Civil Veterinary Department. Madras. Admin. report 1910-25 - 1910-1925
Year: 1910
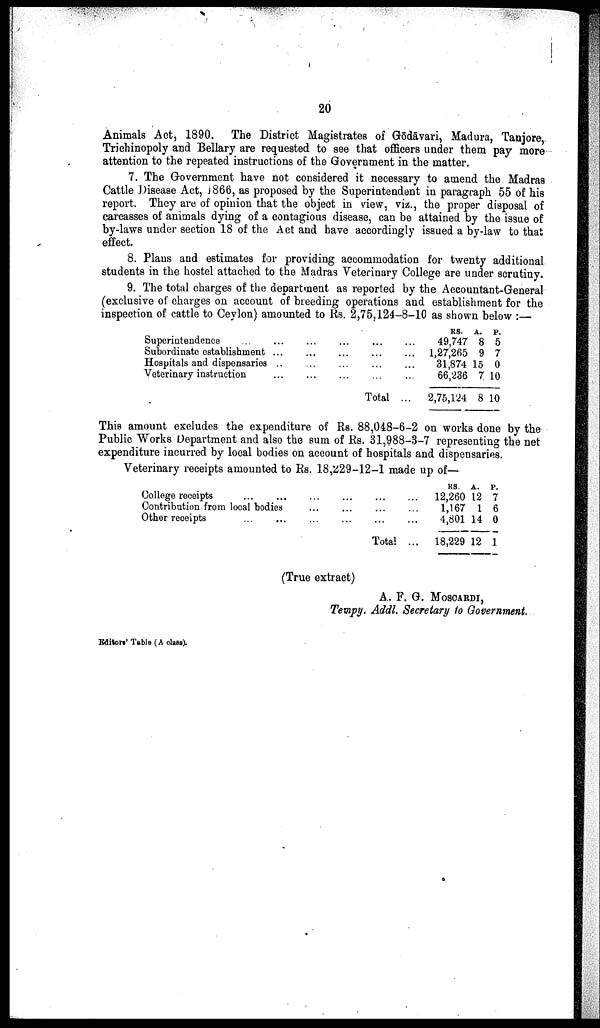
20
Animals Act, 1890. The District Magistrates of Gōdāvari, Madura, Tanjore,
Trichinopoly and Bellary are requested to see that officers under them pay more
attention to the repeated instructions of the Government in the matter.
7. The Government have not considered it necessary to amend the Madras
Cattle Disease Act, 1866, as proposed by the Superintendent in paragraph 55 of his
report. They are of opinion that the object in view, viz., the proper disposal of
carcasses of animals dying of a contagious disease, can be attained by the issue of
by-laws under section 18 of the Act and have accordingly issued a by-law to that
effect.
8. Plans and estimates for providing accommodation for twenty additional
students in the hostel attached to the Madras Veterinary College are under scrutiny.
9. The total charges of the department as reported by the Accountant-General
(exclusive of charges on account of breeding operations and establishment for the
inspection of cattle to Ceylon) amounted to Rs. 2,75,124—8—10 as shown below:—
Superintendence ...
Subordinate establishment
Hospitals and dispensaries
Veterinary instruction
...
...
...
...
...
...
...
...
...
...
...
...
... .
...
...
...
Total
...
...
...
...
...
RS. A. P.
49,747 8 5
1,27,265 9 7
31,874 15 0
66,236 7 10
2,75,124 8 10
This amount excludes the expenditure of Rs. 88,048-6-2 on works done by the
Public Works Department and also the sum of Rs. 31,988-3-7 representing the net
expenditure incurred by local bodies on account of hospitals and dispensaries.
Veterinary receipts amounted to Rs. 18,229-12-1 made up of—
College receipts ... ...
Contribution from local bodies
Other receipts ... ...
...
...
...
...
...
...
...
...
...
Total
...
...
...
...
RS. A. P.
12,260 12 7
1,167 1 6
4,801 14 0
18,229 12 1
(True extract)
A. F. G. MOSCARDI,
Tempy. Addl. Secretary to Government.
Editors' Table (A class).